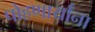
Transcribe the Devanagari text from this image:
पोहणार्यांना